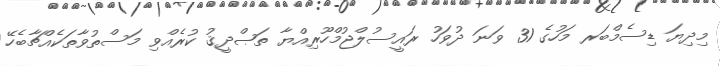
މިދިޔަ ޑިސެމްބަރ މަހުގެ 31 ވަނަ ދުވަހު ރައީސުލްޖުމްހޫރިއްޔާ ތަޞްދީޤު ކުރެއްވި މަސްތުވާތަކެއްޗާބެހޭ